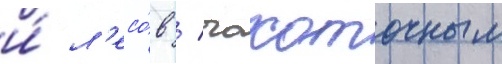
и́ л'есо́в / чахоточным